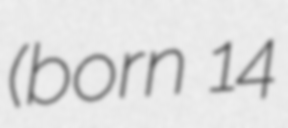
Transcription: (born 14